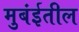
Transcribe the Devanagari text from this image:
मुबंईतील